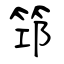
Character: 筇